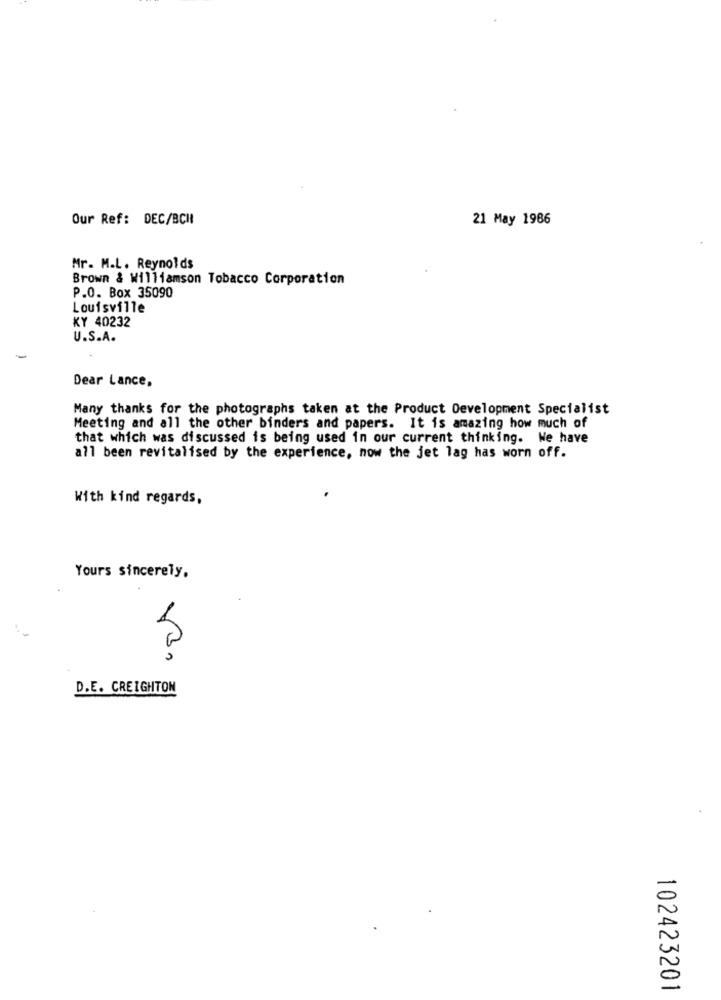
Our Ref: DEC/BCH
21 May 1986
Mr. M.L. Reynolds
Brown & Williamson Tobacco Corporation
P.O. Box 35090
Louisville
KY 40232
U.S.A.
Dear Lance,
Many thanks for the photographs taken at the Product Development Specialist
Meeting and all the other binders and papers. It is amazing how much of
that which was discussed is being used in our current thinking. We have
all been revitalised by the experience, now the jet lag has worn off.
With kind regards,
Yours sincerely,
D.E. CREIGHTON
102423201